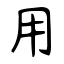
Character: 用